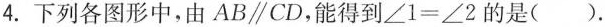
4.下列各图形中，由AB\parallel CD，能得到$$∠ 1 = ∠ 2$$ 的是( ).